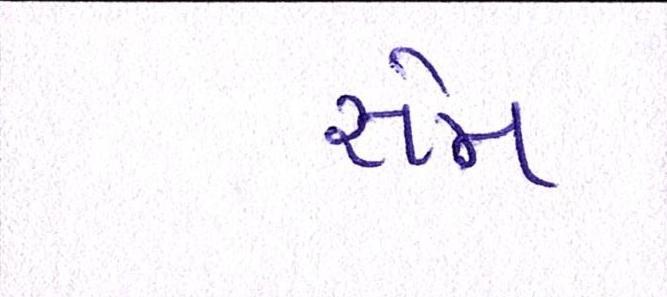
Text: સેમ